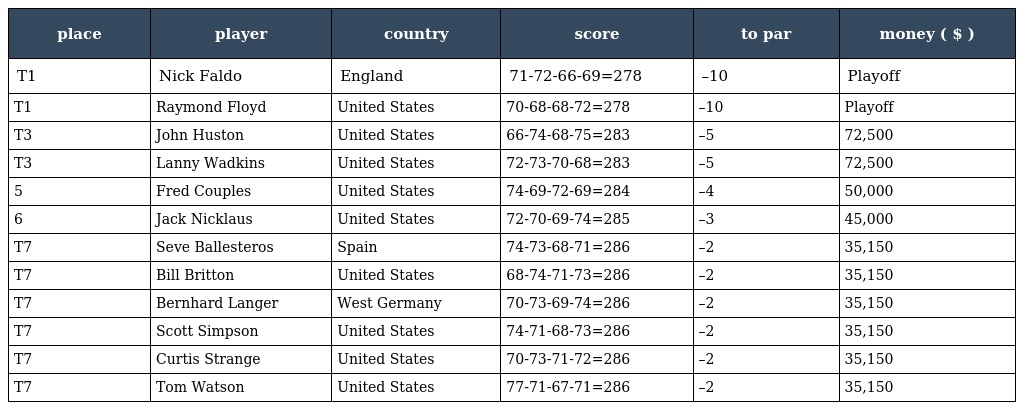
| place | player | country | score | to par | money ( $ ) |
 | --- | --- | --- | --- | --- | --- |
 | T1 | Nick Faldo | England | 71-72-66-69=278 | –10 | Playoff |
 | T1 | Raymond Floyd | United States | 70-68-68-72=278 | –10 | Playoff |
 | T3 | John Huston | United States | 66-74-68-75=283 | –5 | 72,500 |
 | T3 | Lanny Wadkins | United States | 72-73-70-68=283 | –5 | 72,500 |
 | 5 | Fred Couples | United States | 74-69-72-69=284 | –4 | 50,000 |
 | 6 | Jack Nicklaus | United States | 72-70-69-74=285 | –3 | 45,000 |
 | T7 | Seve Ballesteros | Spain | 74-73-68-71=286 | –2 | 35,150 |
 | T7 | Bill Britton | United States | 68-74-71-73=286 | –2 | 35,150 |
 | T7 | Bernhard Langer | West Germany | 70-73-69-74=286 | –2 | 35,150 |
 | T7 | Scott Simpson | United States | 74-71-68-73=286 | –2 | 35,150 |
 | T7 | Curtis Strange | United States | 70-73-71-72=286 | –2 | 35,150 |
 | T7 | Tom Watson | United States | 77-71-67-71=286 | –2 | 35,150 |